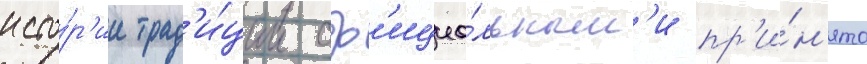
исто́р'ии трад'и́ции оф'ициа́льным'и пр'и́н'ято